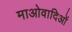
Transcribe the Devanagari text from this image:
माओवादिओं